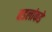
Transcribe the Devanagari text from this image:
वडलांकडे